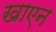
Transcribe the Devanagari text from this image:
खाएन